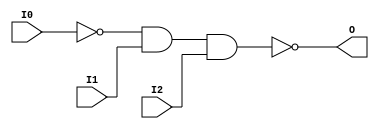
// $Header: /devl/xcs/repo/env/Databases/CAEInterfaces/verunilibs/s/NAND3B1.v,v 1.8.22.1 2003/11/18 20:41:37 wloo Exp $

/*

FUNCTION	: 3-INPUT NAND GATE

*/

`timescale  100 ps / 10 ps


module NAND3B1 (O, I0, I1, I2);

    output O;

    input  I0, I1, I2;

    not N0 (i0_inv, I0);
    nand A1 (O, i0_inv, I1, I2);

    specify
	(I0 *> O) = (0, 0);
	(I1 *> O) = (0, 0);
	(I2 *> O) = (0, 0);
    endspecify

endmodule